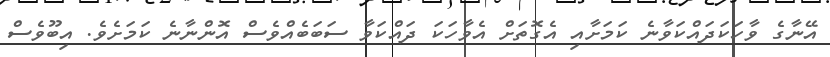
އޭނާގެ ވާހަކަދައްކަވާނެ ކަމަށާއި އެގޮތަށް އެވާހަކަ ދައްކަވާ ސަބަބެއްވެސް އޮންނާނެ ކަމަށެވެ. އިބޫވެސް